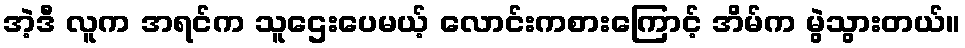
အဲ့ဒီ လူက အရင်က သူဌေးပေမယ့် လောင်းကစားကြောင့် အိမ်က မွဲသွားတယ်။